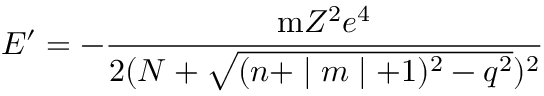
E ^ { \prime } = - \frac { \mathrm { m } Z ^ { 2 } e ^ { 4 } } { 2 ( N + \sqrt { ( n + \mid m \mid + 1 ) ^ { 2 } - q ^ { 2 } } ) ^ { 2 } }